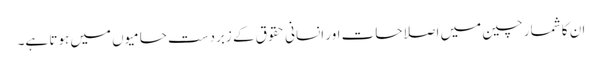
ان کا شمار چین میں اصلاحات اور انسانی حقوق کے زبردست حامیوں میں ہوتا ہے۔